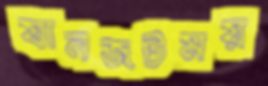
যানজটময়